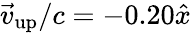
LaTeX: \vec{v}_{\mathrm{up}}/c=-0.20\hat{x}